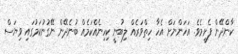
ކާންދޭން ފެށީމެވެ. އަހަންނަށް އެހާ ހިތްވަރެއް ލިބުނީ ކިހިނެއްކަމެއް ބުނެދޭން ނޭގުނުކަމުގައި ވިޔަސް